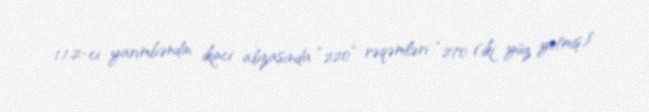
1.1.2-ci yarımbəndin ikinci abzasında “220” rəqəmləri “270 (iki yüz yetmiş)”